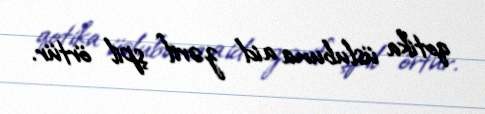
qotika üslubuna aid zərif şpil örtür.